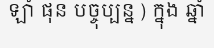
ឡាំ ផុន បច្ចុប្បន្ន ) ក្នុង ឆ្នាំ